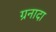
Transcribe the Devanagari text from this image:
ग्रनादा